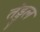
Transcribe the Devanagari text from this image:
तंड्डुल